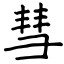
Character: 彗